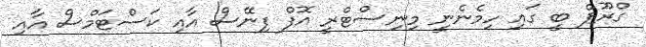
ގްރޫޕް ބީ ގައި ހިމެނެނީ މިނިސްޓްރީ އޮފް ފިނޭސް އާއި ކަސްޓަމްސް އާއި